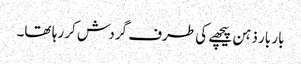
بار بار ذہن پیچھے کی طرف گردش کر رہا تھا۔